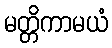
မတ္တိကာမယံ